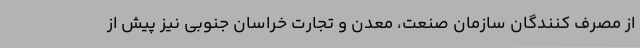
از مصرف کنندگان سازمان صنعت، معدن و تجارت خراسان جنوبی نیز پیش از